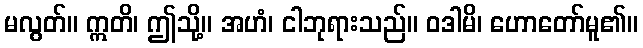
မလွတ်။ ဣတိ၊ ဤသို့။ အဟံ၊ ငါဘုရားသည်။ ဝဒါမိ၊ ဟောတော်မူ၏။